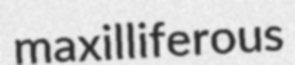
maxilliferous